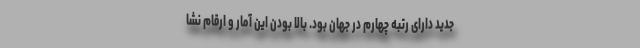
جدید دارای رتبه چهارم در جهان بود. بالا بودن این آمار و ارقام نشا